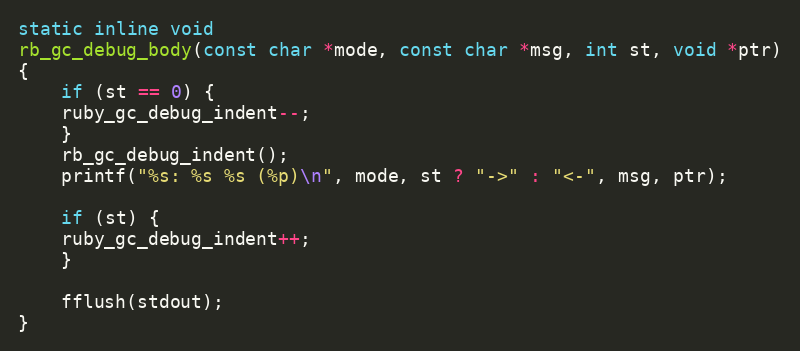
Language: C
static inline void
rb_gc_debug_body(const char *mode, const char *msg, int st, void *ptr)
{
    if (st == 0) {
	ruby_gc_debug_indent--;
    }
    rb_gc_debug_indent();
    printf("%s: %s %s (%p)\n", mode, st ? "->" : "<-", msg, ptr);

    if (st) {
	ruby_gc_debug_indent++;
    }

    fflush(stdout);
}